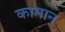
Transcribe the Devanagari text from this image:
कामान्